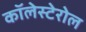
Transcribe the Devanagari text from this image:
कॉलेस्टेरोल